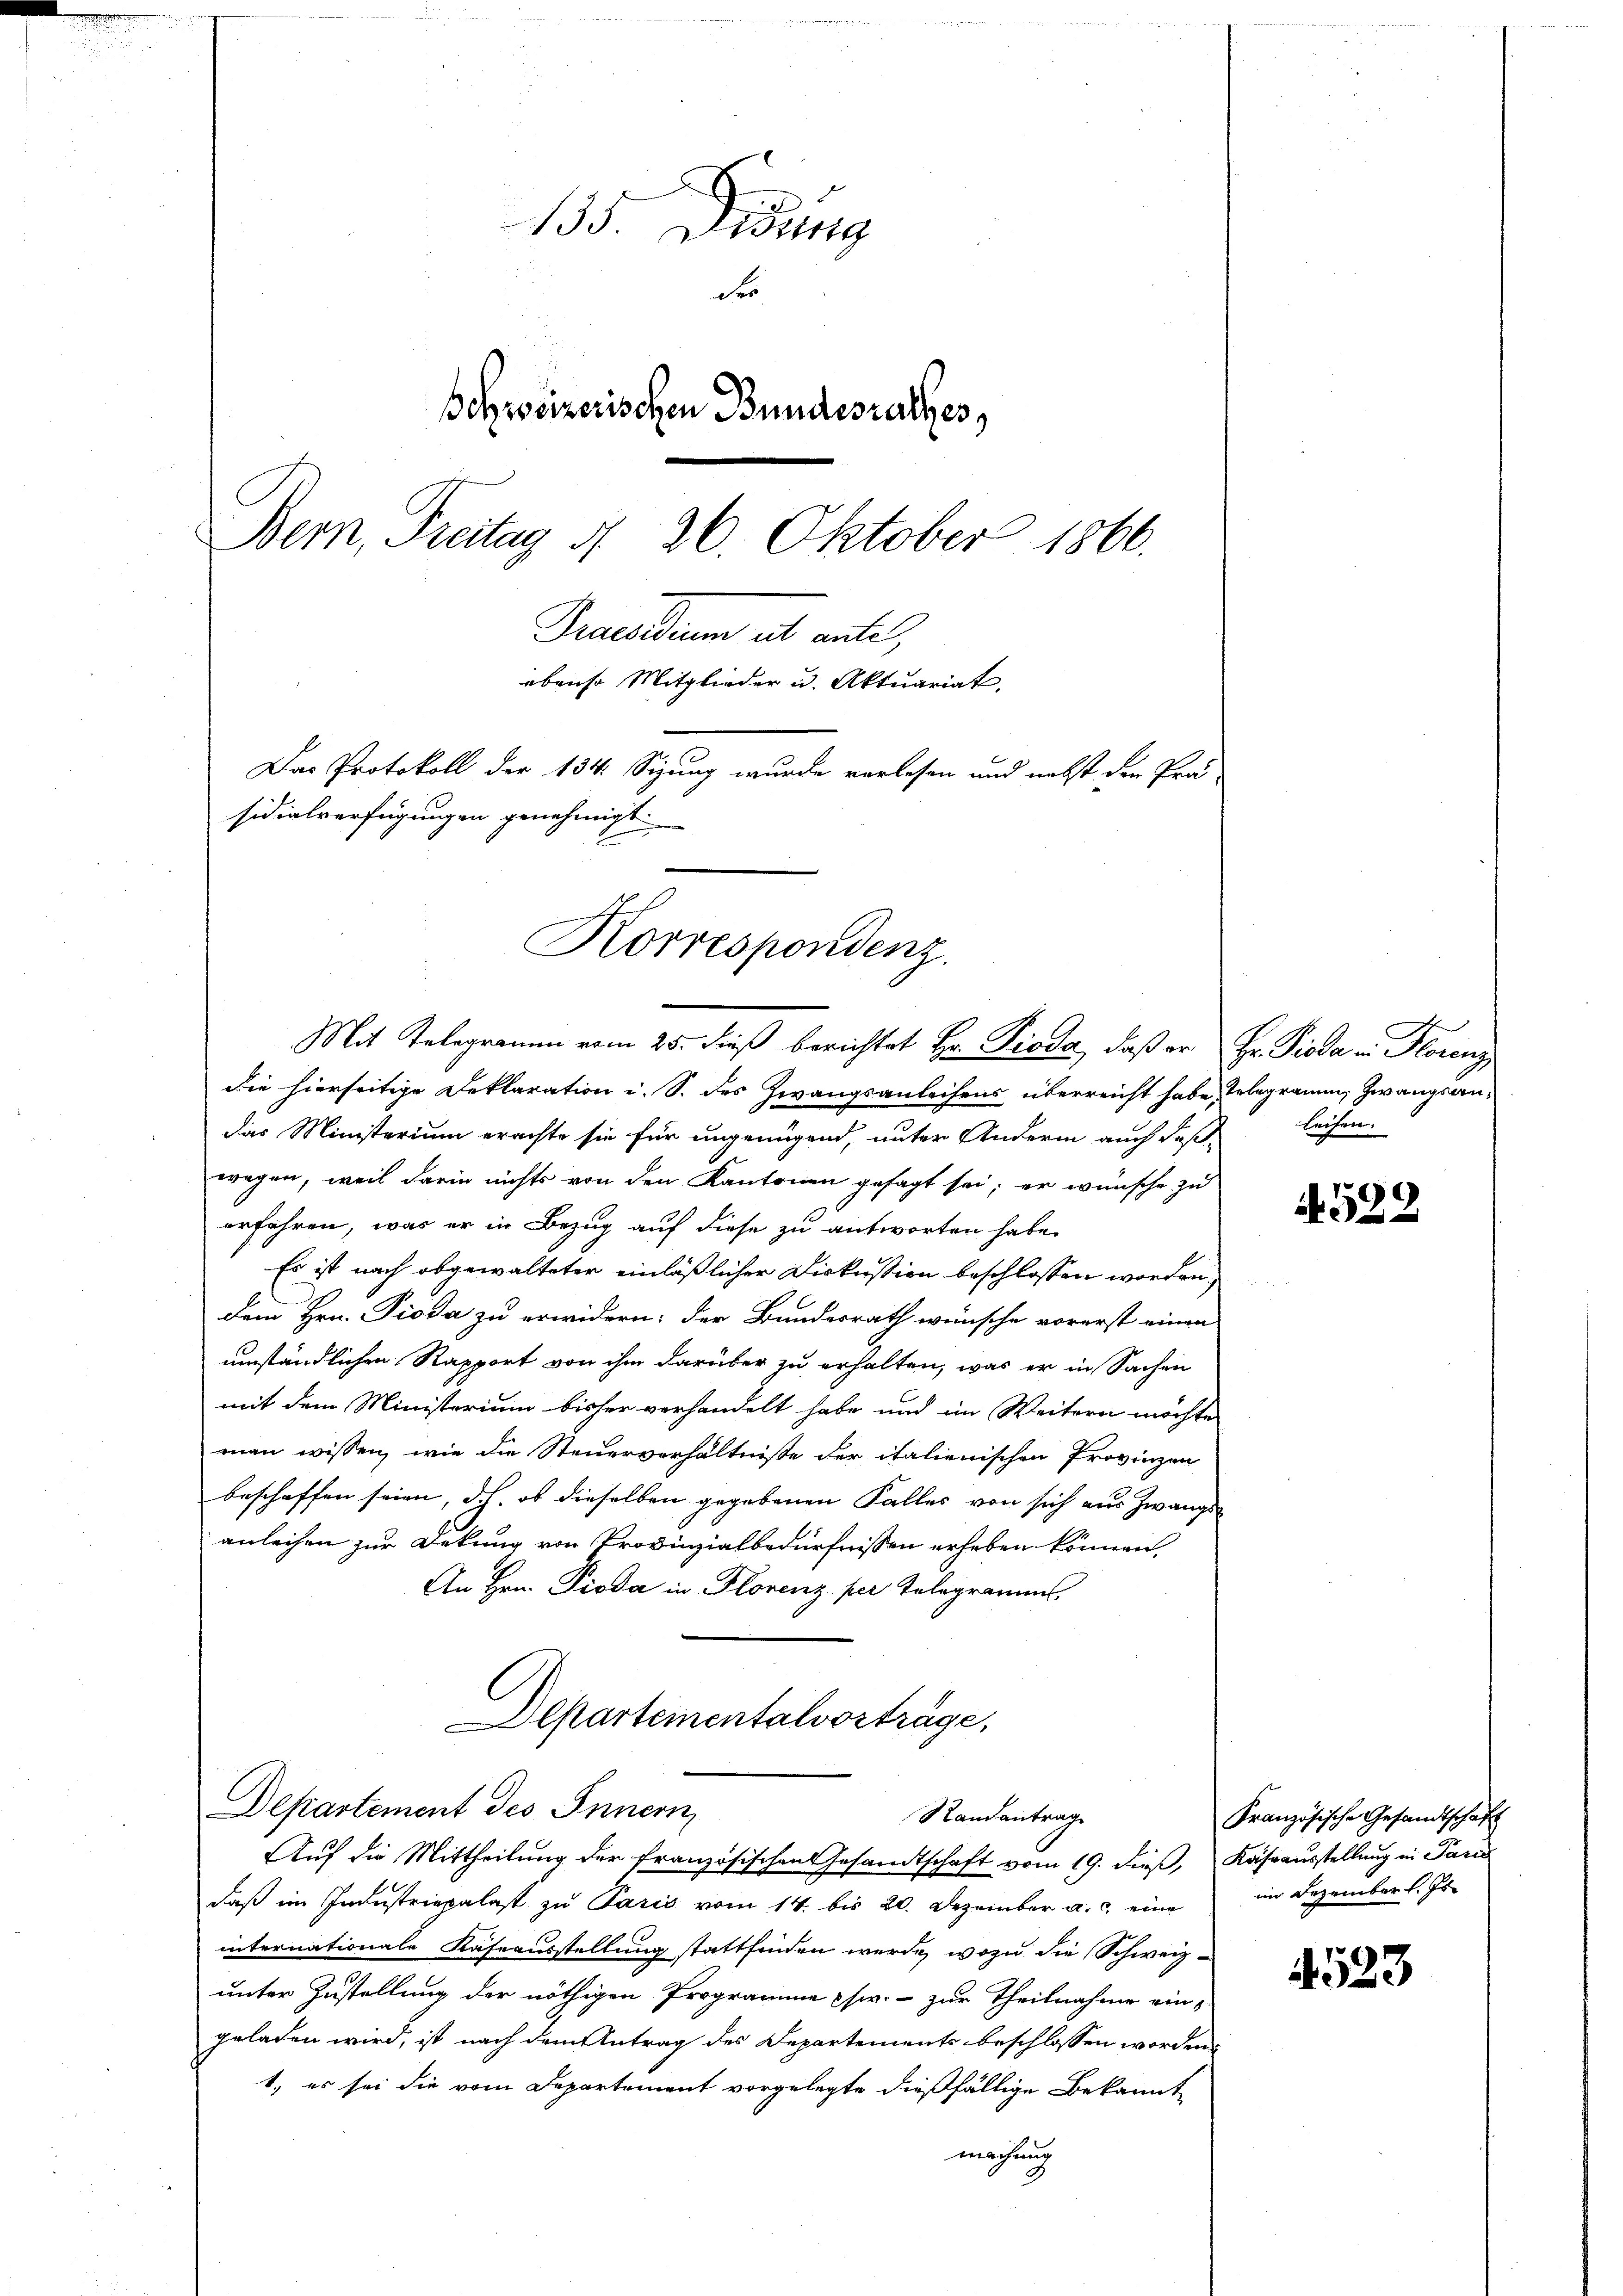
135. Didung
des
Behweizerischen Bundesrathes,
Bern, Freitag d. 26. Oktober 1866.
Praesidum ab antel,
ebenso Mitglieder u. Aktuariat
Das Protokoll der 134. Sigung wurde vorlesen und nebst den Prä
sidialverfügungen genehmigt.

Korrespondenz.
Mit Telegramm vom 25. dieß berichtet Hr. Pioda, daß er Hr. Pioda u. Florenz
die hierseitige Deklaration i. S. des Zwangsanleihens überreicht habe, telegramm, Zwangsan¬

das Ministerium erachte sie für ungenügend, unter Andern auch daß
wegen, weil darin nichts von den Kantonen gesagt sei; er wünsche zu
erfahren, was er in Bezug auf diese zu antworten habe.
Es ist nach abgewalteter einläßlicher Diskussion beschlossen worden,
dem Hrn. Pioda zu erwidern: der Bundesrath wünsche vorerst einen
umständlichen Rapport von ihm darüber zu erhalten, was er in Sachen
mit dem Ministerium bisher verhandelt habe und im Weitern möchte
man wissen, wie die Steuerverhältniße der italienischen Provinzen
beschaffen seien, doch, ob dieselben gegebenen Falles von sich aus Zwangs
anleihen zur Dekung von Provinzialbedürfnissen erheben können.
An Hrn. Pioda in Florenz per Telegramms.
Departementalvorträge,
Departement des Innern,
Randantrag
Auf die Mittheilung der französischen Gesandtschaft vom 19. dieß, Kassausstellung in Paris
daß im Industriepalast zu Paris vom 14. bis 20. Dezember a. c. eine
internationale Käseausstellung stattfinden werde, wozu die Schweiz-
unter Zustellung der nöthigen Programme chw. - zur Theilnahme einz
geladen wird, ist nach dem Antrag des Departements beschlossen worden,
1., es sei die vom Departement vorgelegte dießfällige Bekannt
machung

leihen.

A.522

Französische Gesandtschaft
im Dezember l. Js.

4523